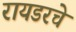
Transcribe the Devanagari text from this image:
रायडरचे